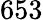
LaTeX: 653